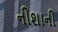
નીશાની